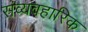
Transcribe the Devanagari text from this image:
संव्यवहारिक